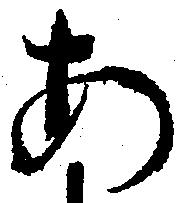
あ